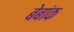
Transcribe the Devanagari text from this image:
बेबांक